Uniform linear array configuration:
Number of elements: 32
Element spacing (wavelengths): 0.5
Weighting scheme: cosine
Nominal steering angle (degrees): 45
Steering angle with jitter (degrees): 44.561
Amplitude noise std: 0.05
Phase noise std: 0.05

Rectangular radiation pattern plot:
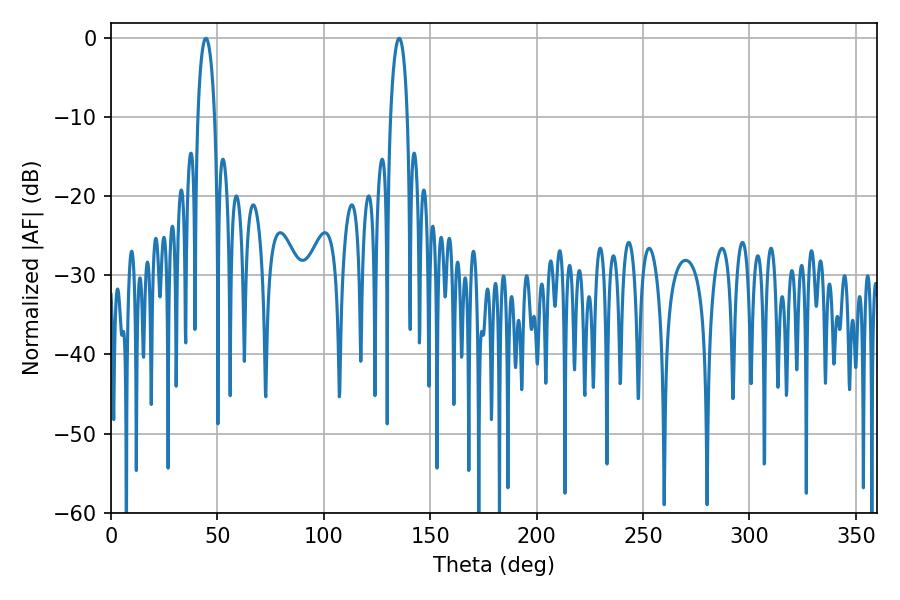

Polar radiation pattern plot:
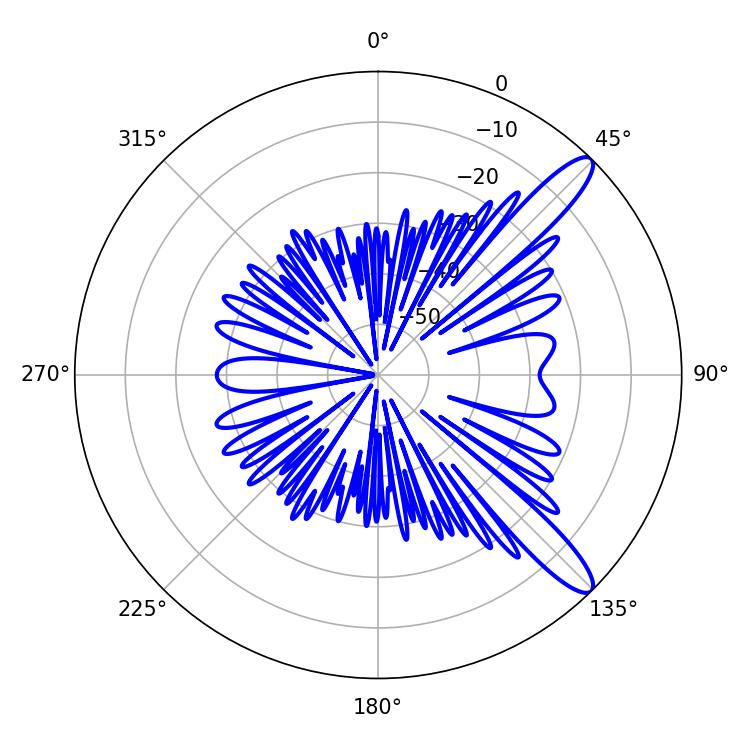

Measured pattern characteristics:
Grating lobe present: FALSE
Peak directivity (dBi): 12.098
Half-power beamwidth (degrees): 4.32
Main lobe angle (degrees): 44.64